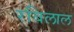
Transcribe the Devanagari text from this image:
रबिलाल